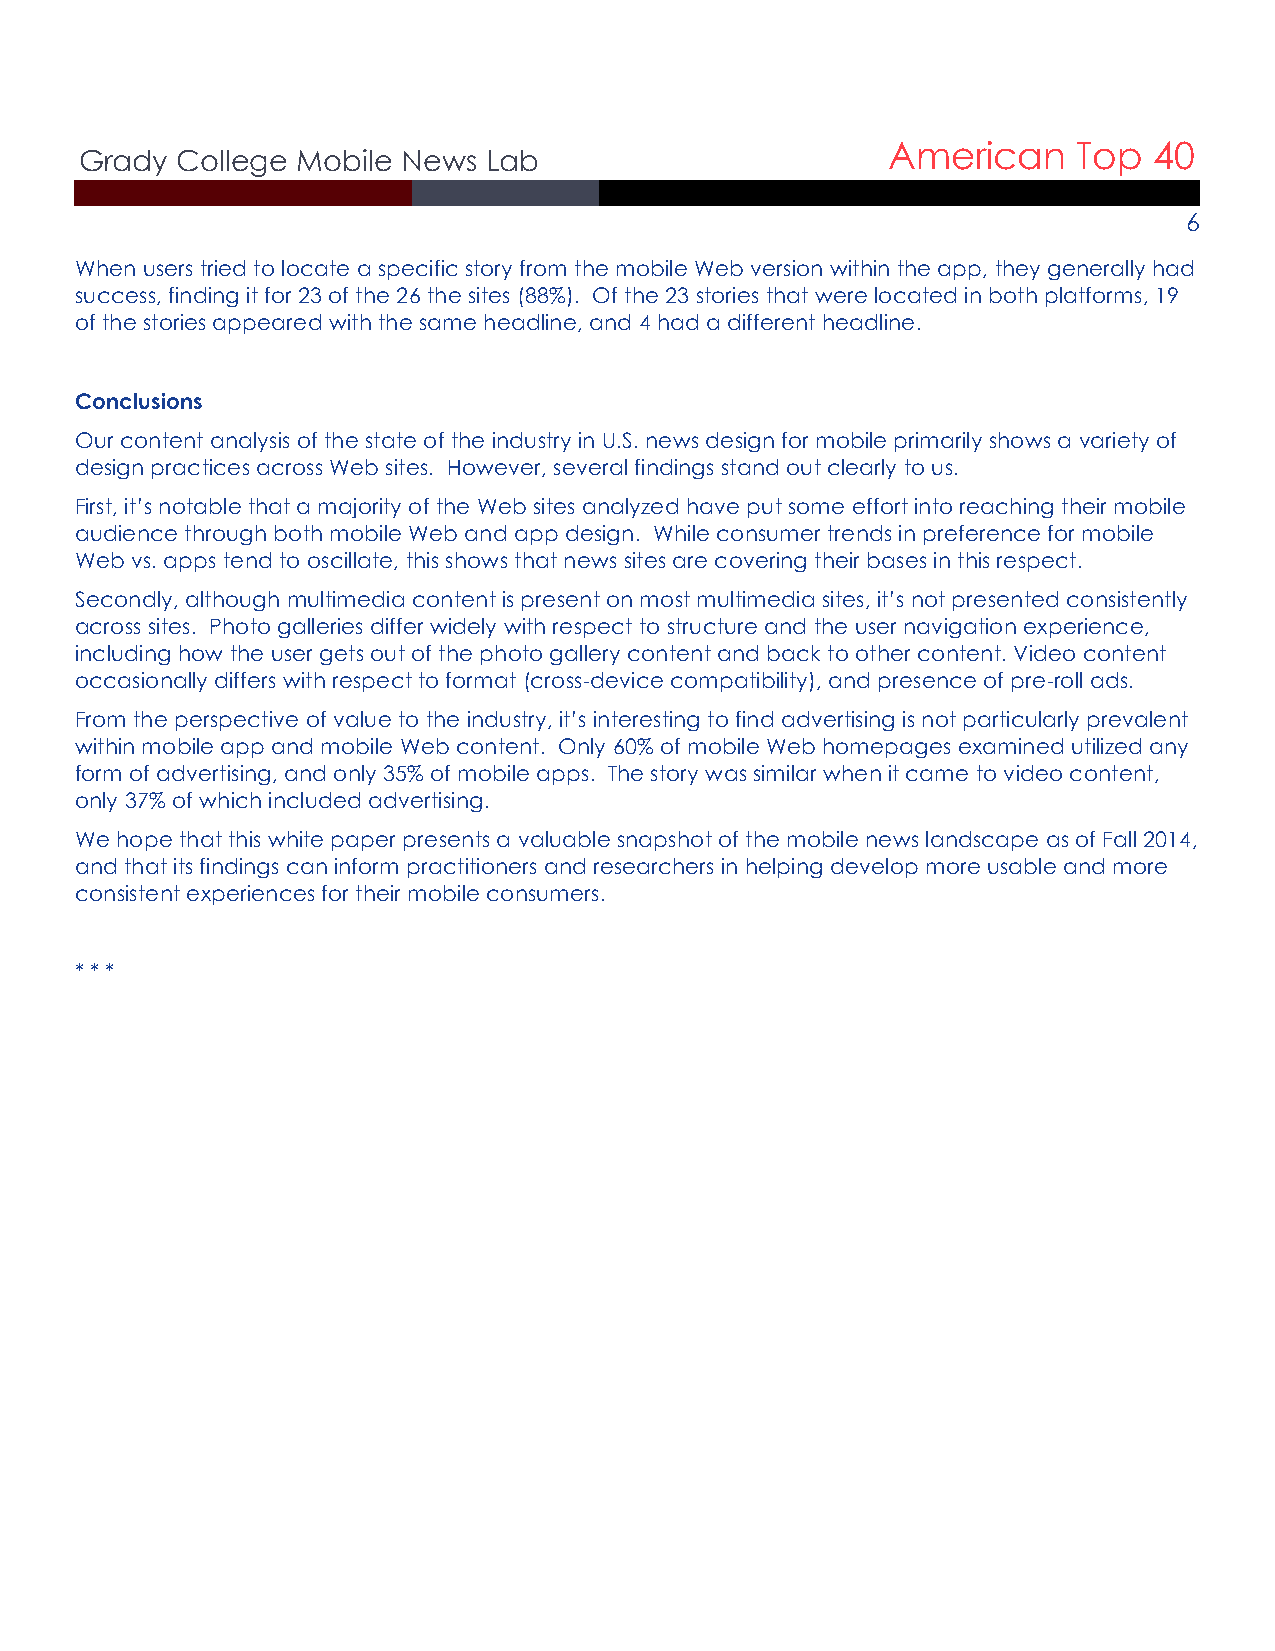
American    Top  40
 Grady  College Mobile News Lab
 6
 When users tried to locate a specific story from the mobile Web version within the app, they generally had
 success, finding it for 23 of the 26 the sites (88%). Of the 23 stories that were located in both platforms, 19
 of the stories appeared with the same headline, and 4 had a different headline.
 Conclusions
 Our content analysis of the state of the industry in U.S. news design for mobile primarily shows a variety of
 design practices across Web sites. However, several findings stand out clearly to us.
 First, it’s notable that a majority of the Web sites analyzed have put some effort into reaching their mobile
 audience through both mobile Web and app design. While consumer trends in preference for mobile
 Web vs. apps tend to oscillate, this shows that news sites are covering their bases in this respect.
 Secondly, although multimedia content is present on most multimedia sites, it’s not presented consistently
 across sites. Photo galleries differ widely with respect to structure and the user navigation experience,
 including how the user gets out of the photo gallery content and back to other content. Video content
 occasionally differs with respect to format (cross-device compatibility), and presence of pre-roll ads.
 From the perspective of value to the industry, it’s interesting to find advertising is not particularly prevalent
 within mobile app and mobile Web content. Only 60% of mobile Web homepages examined utilized any
 form of advertising, and only 35% of mobile apps. The story was similar when it came to video content,
 only 37% of which included advertising.
 We hope that this white paper presents a valuable snapshot of the mobile news landscape as of Fall 2014,
 and that its findings can inform practitioners and researchers in helping develop more usable and more
 consistent experiences for their mobile consumers.
 * * *